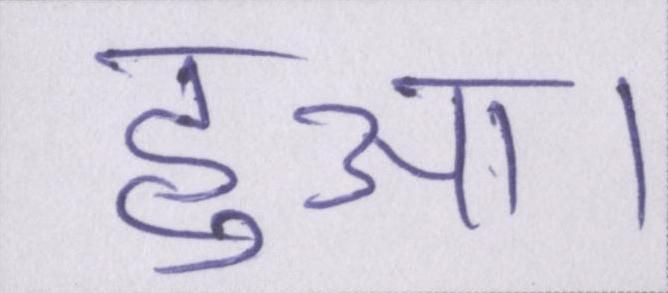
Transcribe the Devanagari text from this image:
हुआ।